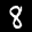
Label: 8